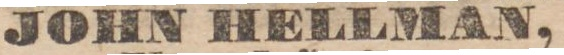
JOHN HELLMAN,